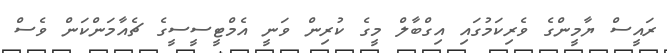
ރައީސް ޔާމީންގެ ވެރިކަމުގައި އިގްބާލް މީގެ ކުރިން ވަނީ އެމްޓީސީސީގެ ޗެއާމަންކަން ވެސް